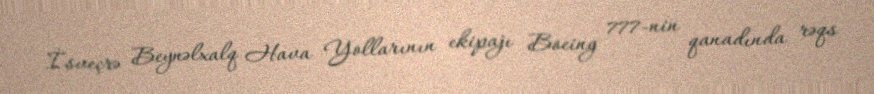
İsveçrə Beynəlxalq Hava Yollarının ekipajı Boeing 777-nin qanadında rəqs